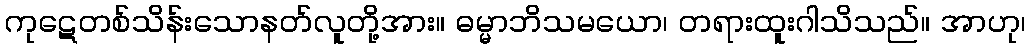
ကုဋေတစ်သိန်းသောနတ်လူတို့အား။ ဓမ္မာဘိသမယော၊ တရားထူးဂါသိသည်။ အာဟု၊